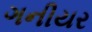
ગનીયર